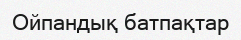
Ойпандық батпақтар